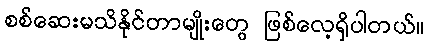
စစ်ဆေးမသိနိုင်တာမျိုးတွေ ဖြစ်လေ့ရှိပါတယ်။